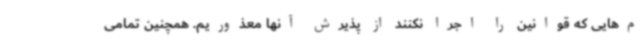
م‌هایی که قوانین را اجرا نکنند از پذیرش آنها معذوریم. همچنین تمامی